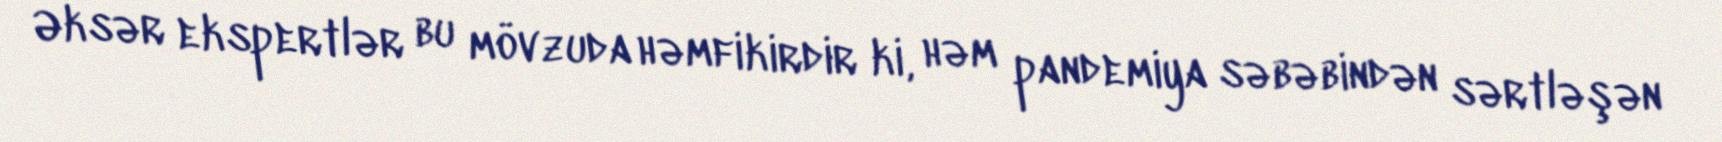
Əksər ekspertlər bu mövzuda həmfikirdir ki, həm pandemiya səbəbindən sərtləşən